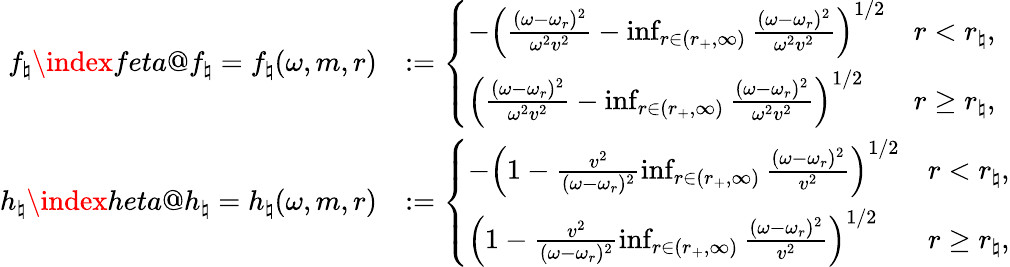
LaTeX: \begin{array}{rl}{f_{\natural}\index{feta@f_{\natural}}=f_{\natural}(\omega,m,r)}&{:=\left\{ \begin{array}{ll}{-\left(\frac{(\omega-\omega_{r})^{2}}{\omega^{2}v^{2}}-\operatorname*{inf}_{r\in(r_{+},\infty)}\frac{(\omega-\omega_{r})^{2}}{\omega^{2}v^{2}}\right)^{1/2}}&{r<r_{\natural},}\\ {\left(\frac{(\omega-\omega_{r})^{2}}{\omega^{2}v^{2}}-\operatorname*{inf}_{r\in(r_{+},\infty)}\frac{(\omega-\omega_{r})^{2}}{\omega^{2}v^{2}}\right)^{1/2}}&{r\geq r_{\natural},}\end{array}\right.}\\ {h_{\natural}\index{heta@h_{\natural}}=h_{\natural}(\omega,m,r)}&{:=\left\{ \begin{array}{ll}{-\left(1-\frac{v^{2}}{(\omega-\omega_{r})^{2}}\operatorname*{inf}_{r\in(r_{+},\infty)}\frac{(\omega-\omega_{r})^{2}}{v^{2}}\right)^{1/2}}&{r<r_{\natural},}\\ {\left(1-\frac{v^{2}}{(\omega-\omega_{r})^{2}}\operatorname*{inf}_{r\in(r_{+},\infty)}\frac{(\omega-\omega_{r})^{2}}{v^{2}}\right)^{1/2}}&{r\geq r_{\natural},}\end{array}\right.}\end{array}